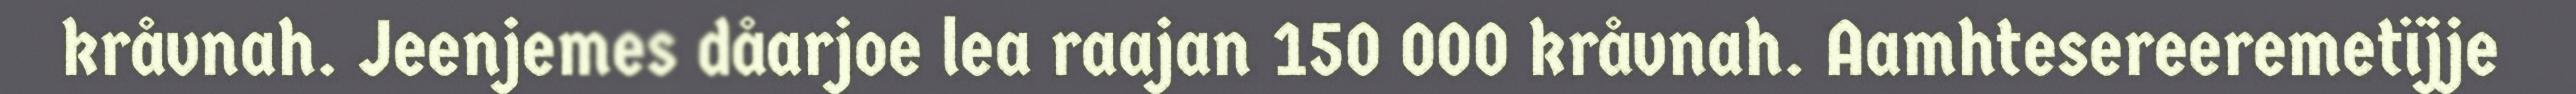
kråvnah. Jeenjemes dåarjoe lea raajan 150 000 kråvnah. Aamhtesereeremetïjje